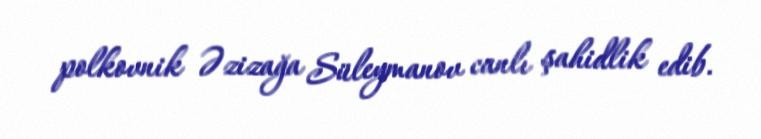
polkovnik Əzizağa Süleymanov canlı şahidlik edib.